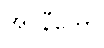
အဝိနီတော